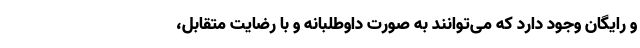
و رایگان وجود دارد که می‌توانند به صورت داوطلبانه و با رضایت متقابل،